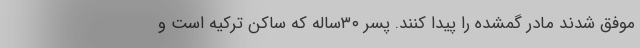
موفق شدند مادر گمشده را پیدا کنند. پسر ۳۰‌ساله که ساکن ترکیه است و